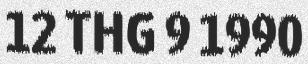
12 THG 9 1990